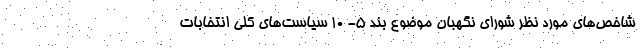
شاخص‌های مورد نظر شورای نگهبان موضوع بند ۵- ۱۰ سیاست‌های کلی انتخابات